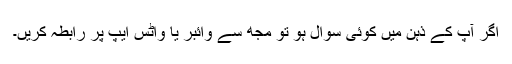
اگر آپ کے ذہن میں کوئی سوال ہو تو مجھ سے وائبر یا واٹس ایپ پر رابطہ کریں۔